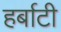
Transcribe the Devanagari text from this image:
हर्बाटी